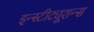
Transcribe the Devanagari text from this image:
इन्स्टीट्यूशन्स